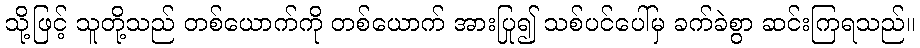
သို့ဖြင့် သူတို့သည် တစ်ယောက်ကို တစ်ယောက် အားပြု၍ သစ်ပင်ပေါ်မှ ခက်ခဲစွာ ဆင်းကြရသည်။